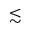
\lesssim